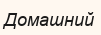
Домашний